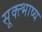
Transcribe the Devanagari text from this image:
सूक्त्भाष्य